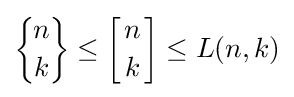
{\biggl \{}{\!n\! \atop \!k\!}{\biggr \}}\leq {\biggl [}{n \atop k}{\biggr ]}\leq L(n,k)